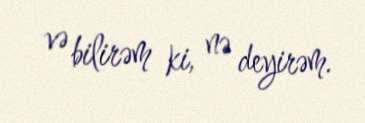
və bilirəm ki, nə deyirəm.